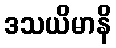
ဒသယိမာနိ